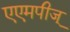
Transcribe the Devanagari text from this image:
एएमपीज्